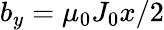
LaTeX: b_{y}=\mu_{0}J_{0}x/2